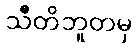
သီတိဘူတမှ